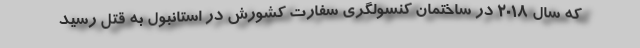
که سال ۲۰۱۸ در ساختمان کنسولگری سفارت کشورش در استانبول به قتل رسید